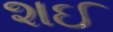
શઈ